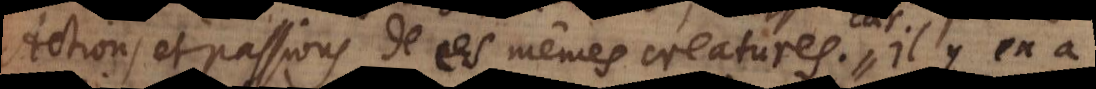
Actions et passions de ces mêmes creatures. il y en a